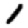
Digit: 1